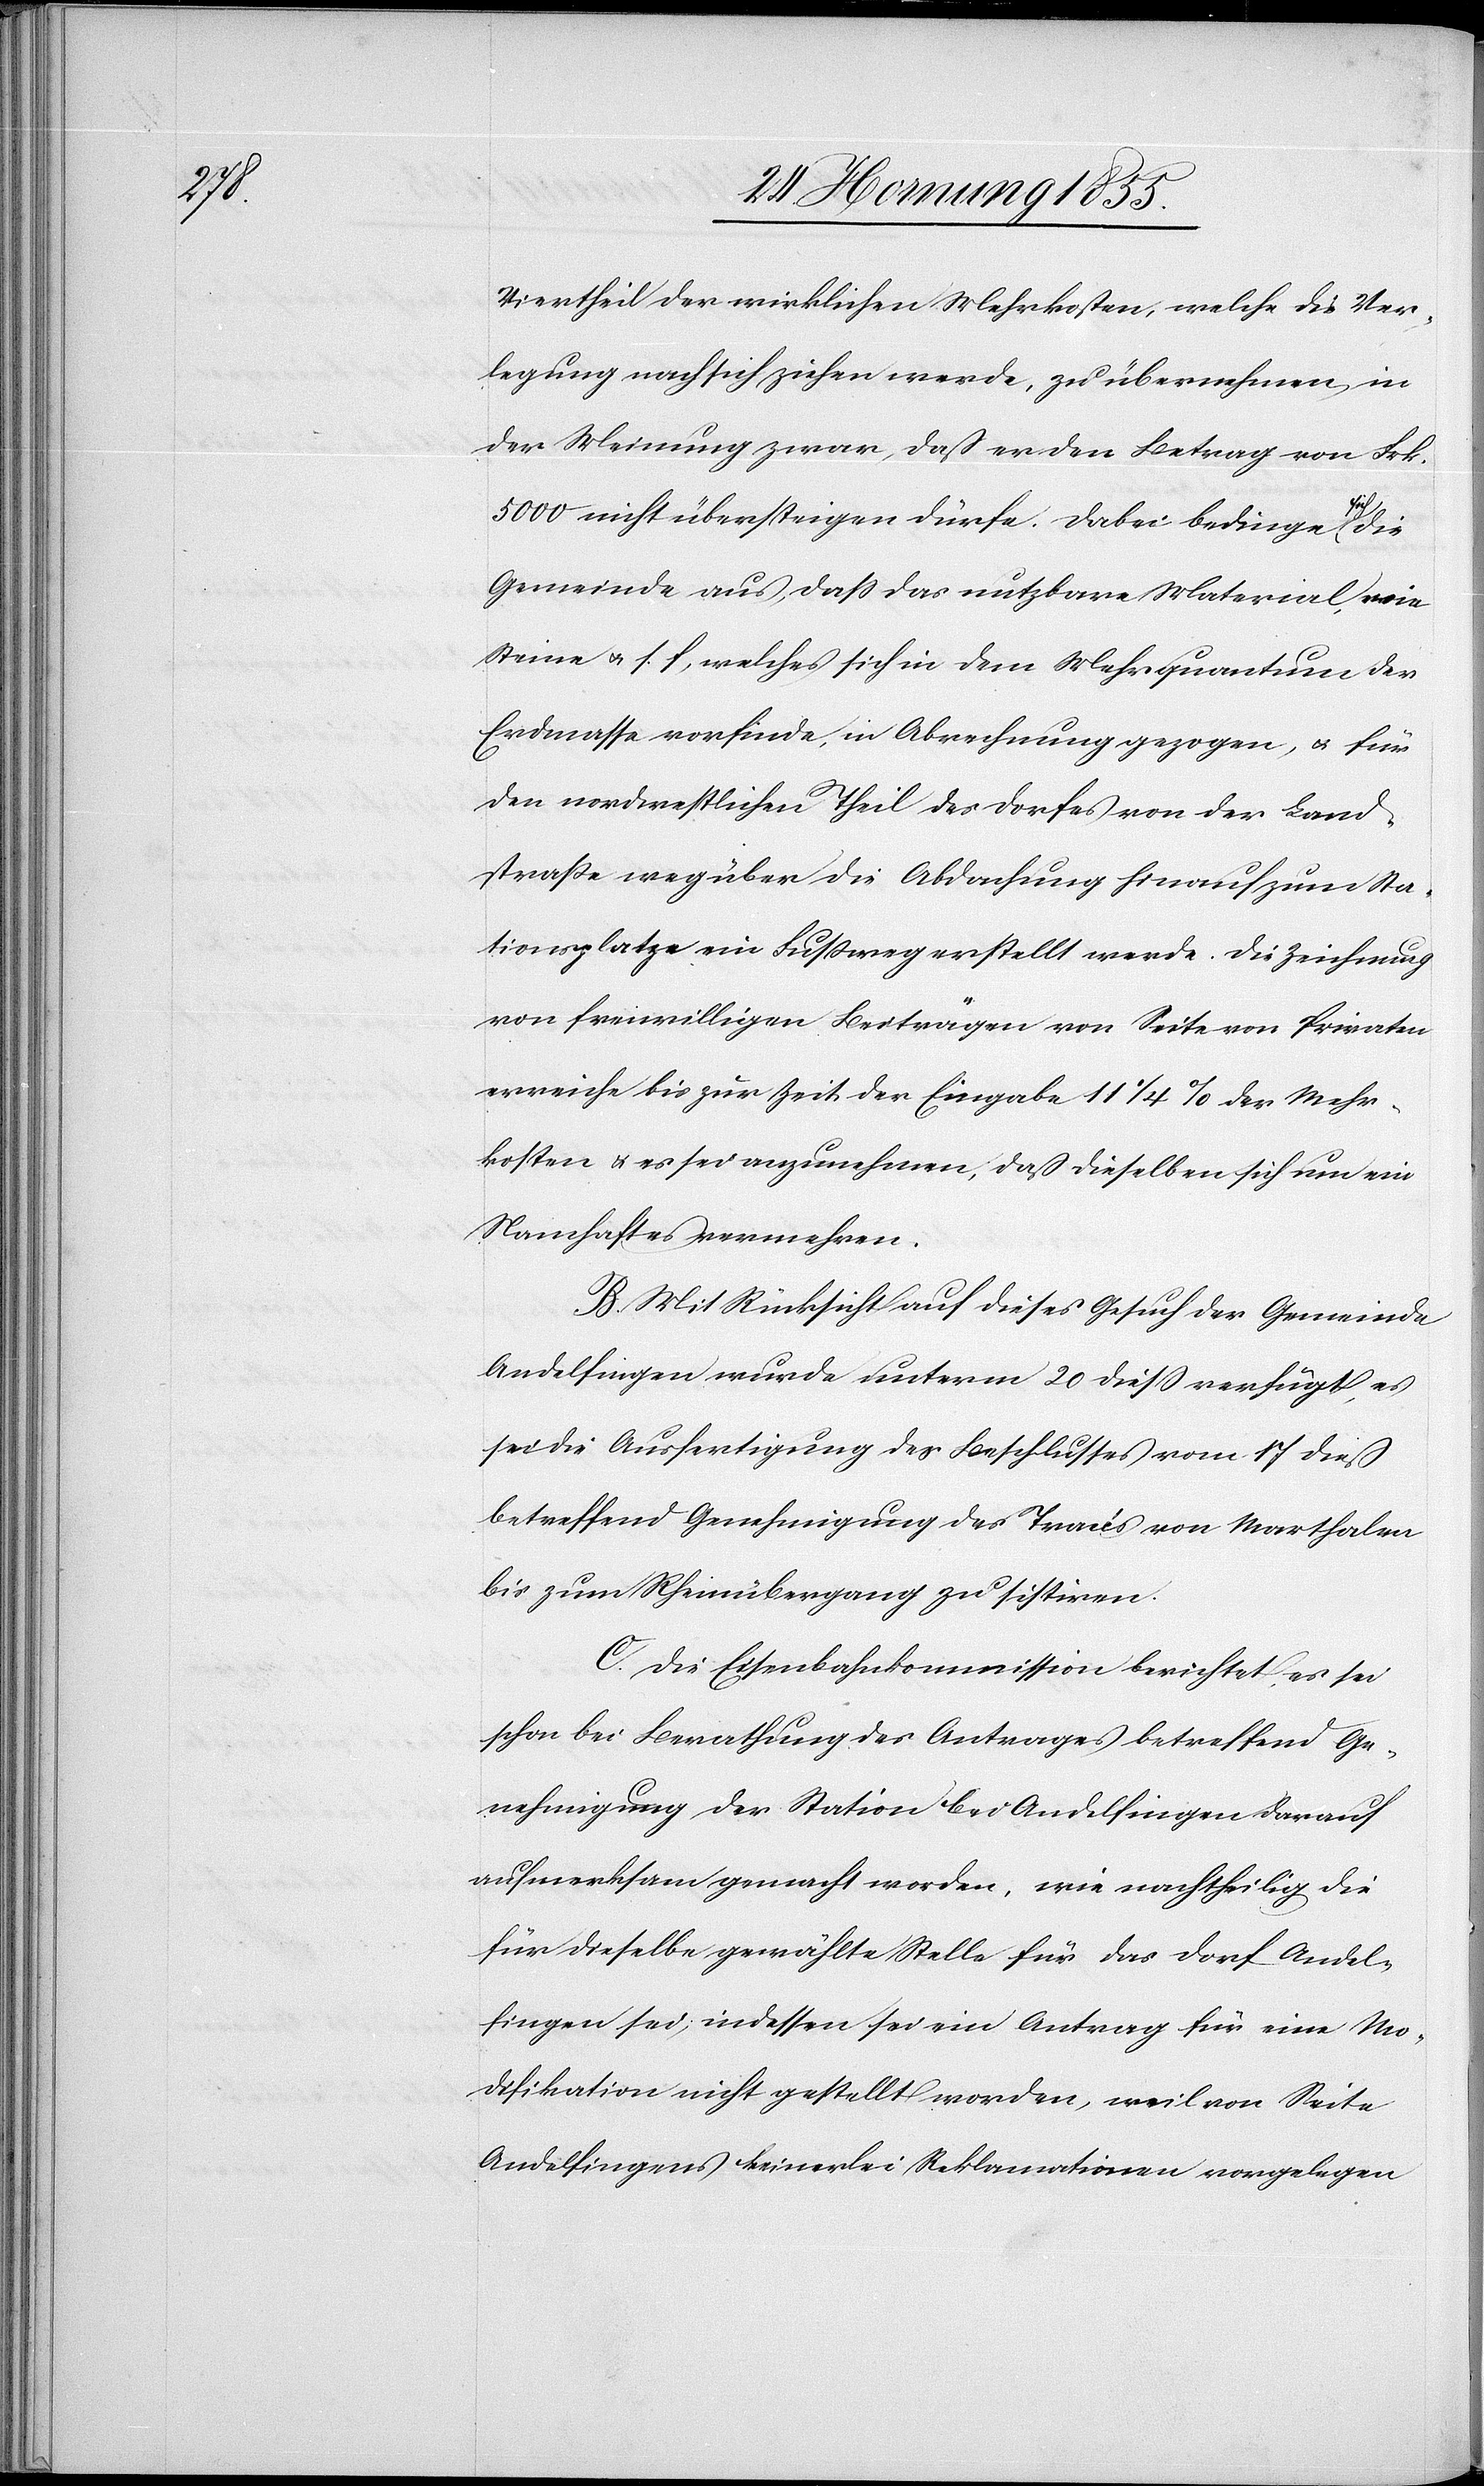
Viertheil der wirklichen Mehrkosten, welche die Ver¬
legung nach sich ziehen werde, zu übernehmen, in
der Meinung zwar, daß er den Betrag von Frk.
5000 nicht übersteigen dürfe. Dabei bedinge sich die
Gemeinde aus, dass das nutzbare Material, wie
Steine & s. f, welches sich in dem Mehrquantum der
Erdmasse vorfinde, in Abrechnung gezogen, & für
den nordwestlichen Theil des Dorfes von der Land¬
straße weg über die Abdachung hinauf zum Sta¬
tionsplatze ein Fussweg erstellt werde. Die Zeichnung
von freiwilligen Beiträgen von Seite von Privaten
erreiche bis zur Zeit der Eingabe 11 1/4 % der Mehr¬
kosten & es sei anzunehmen, daß dieselben sich um ein
Namhaftes vermehren.
B. Mit Rücksicht auf dieses Gesuch der Gemeinde
Andelfingen wurde unterm 20 diess verfügt, es
sei die Ausfertigung des Beschlusses vom 17 dieß
betreffend Genehmigung des Tracés von Marthalen
bis zum Rheinübergang zu sistiren.
C. Die Eisenbahnkommission berichtet, es sei
schon bei Berathung des Antrages betreffend Ge¬
nehmigung der Station bei Andelfingen darauf
aufmerksam gemacht worden, wie nachtheilig die
für dieselbe gewählte Stelle für das Dorf Andel¬
fingen sei, indessen sei ein Antrag für eine Mo¬
difikation nicht gestellt worden, weil von Seite
Andelfingens keinerlei Reklamationen vorgelegen